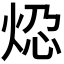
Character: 𬊆